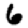
Digit: 6